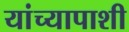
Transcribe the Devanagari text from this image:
यांच्यापाशी